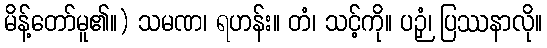
မိန့်တော်မူ၏။) သမဏ၊ ရဟန်း။ တံ၊ သင့်ကို။ ပဉှံ၊ ပြဿနာလို။